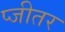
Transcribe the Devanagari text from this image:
प्जीतर